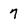
Character: 7